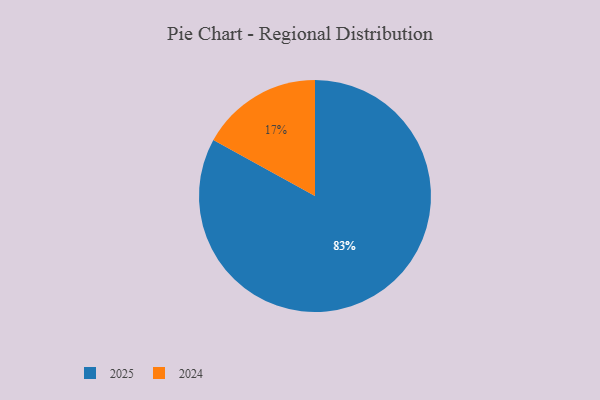
{"axis": {"x": "Category", "y": "Percentage"}, "legend": ["2024", "2025"], "data": [{"x": "2025", "y": 83, "type": "2025"}, {"x": "2024", "y": 17, "type": "2024"}]}